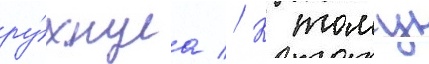
ру́хнула // К тому